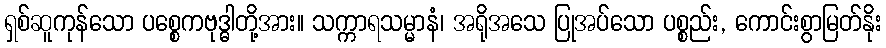
ရှစ်ဆူကုန်သော ပစ္စေကဗုဒ္ဓါတို့အား။ သက္ကာရသမ္မာနံ၊ အရိုအသေ ပြုအပ်သော ပစ္စည်း, ကောင်းစွာမြတ်နိုး